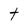
Character: t